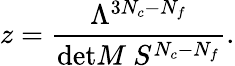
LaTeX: z=\frac{\Lambda^{3N_{c}-N_{f}}}{\mathrm{det}M\ S^{N_{c}-N_{f}}}.